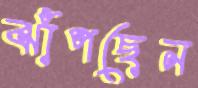
ঝাঁপছেন